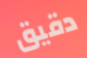
دقيق